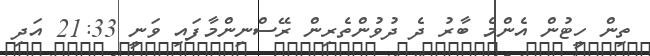
ތިން ހީޓުން އެންމެ ބާރު ދެ ދުވުންތެރިން ރޭސްނިންމާފައި ވަނީ 21:33 އަދި